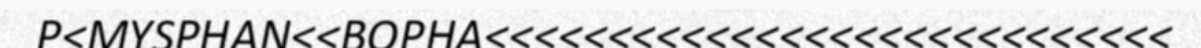
P<MYSPHAN<<BOPHA<<<<<<<<<<<<<<<<<<<<<<<<<<<<